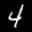
Label: 4